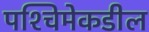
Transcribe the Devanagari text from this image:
पश्‍चिमेकडील